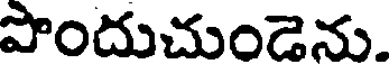
పొందుచుండెను.